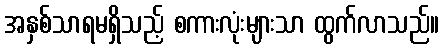
အနှစ်သာရမရှိသည့် စကားလုံးများသာ ထွက်လာသည်။